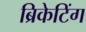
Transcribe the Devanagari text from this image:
ब्रिकेटिंग